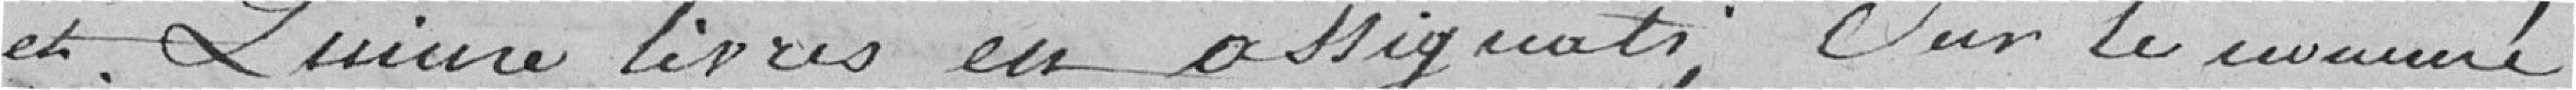
et quinze livres en assignats; sur le nommé